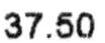
37.50